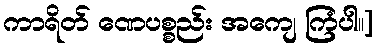
ကာရိတ် ဏေပစ္စည်း အကျေ ကြံပါ။]